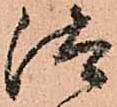
汰